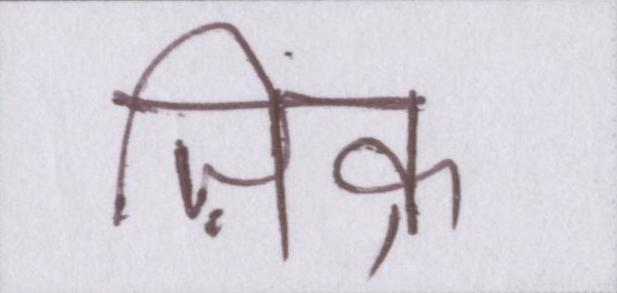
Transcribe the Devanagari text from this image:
ज़िक्र